Plague in India, 1896, 1897 - Volume 1
Year: 1896
Disease focus: Plague
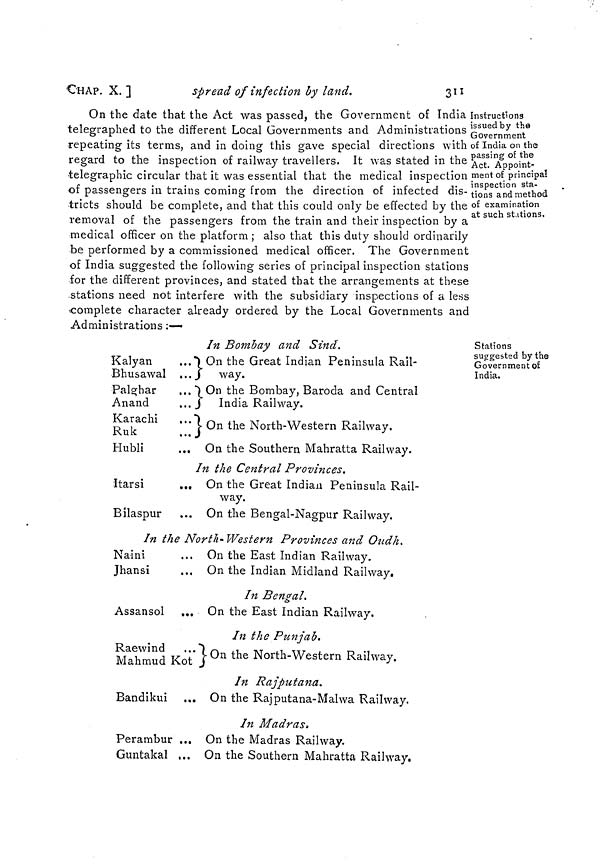
CHAP. X. ]
spread of infection by land.
311
Instructions
issued by the
Government
of India on the
passing of the
Act. Appoint-
ment of principal
inspection sta-
tions and method
of examination
at such stations.
On the date that the Act was passed, the Government of India
telegraphed to the different Local Governments and Administrations
repeating its terms, and in doing this gave special directions with
regard to the inspection of railway travellers. It was stated in the
telegraphic circular that it was essential that the medical inspection
of passengers in trains coming from the direction of infected dis-
tricts should be complete, and that this could only be effected by the
removal of the passengers from the train and their inspection by a
medical officer on the platform; also that this duty should ordinarily
be performed by a commissioned medical officer. The Government
of India suggested the following series of principal inspection stations
for the different provinces, and stated that the arrangements at these
stations need not interfere with the subsidiary inspections of a less
complete character already ordered by the Local Governments and
Administrations :—
Stations
suggested by the
Government of
India.
Kalyan
Bhusawal
Palghar
Anand
Karachi
Ruk
Hubli
Itarsi
Bilaspur
In Bombay and Sind.
... On the Great Indian Peninsula Rail-
...
way.
... On the Bombay, Baroda and Central
...
India Railway.
... On the North-Western Railway.
... On the Southern Mahratta Railway.
In the Central Provinces.
... On the Great Indian Peninsula Rail-
way.
... On the Bengal-Nagpur Railway.
In the North-Western Provinces and Oudh.
Naini
Jhansi
Assansol
On the East Indian Railway.
... On the Indian Midland Railway.
In Bengal.
... On the East Indian Railway.
In the Punjab.
Raewind Maraud Kot On the North-Western Railway.
Bandikui
Perambur
Guntakal
In Rajputana.
... On the Rajputana-Malwa Railway.
In Madras,
... On the Madras Railway.
... On the Southern Mahratta Railway.